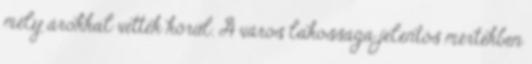
mély árokkal vették körül. A város lakossága jelentős mértékben